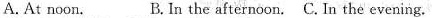
A.At noon. B.In the afternoon.C. In the evening.